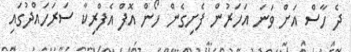
ދެ ހާސް އަށް ވަނަ އަހަރުން ފެށިގެން ހޯން އޮފް އެފްރިކާ ސަރަހައްދުގައި